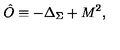
\hat { O } \equiv - \Delta _ { \Sigma } + M ^ { 2 } ,